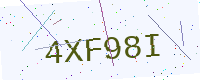
Text: 4XF98I